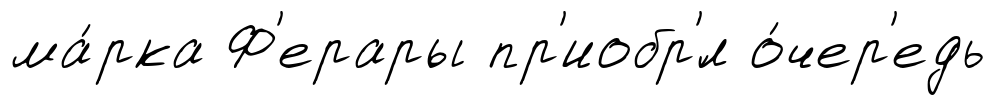
ма́рка Ф'ерары пр'иобр'́л о́чер'едь